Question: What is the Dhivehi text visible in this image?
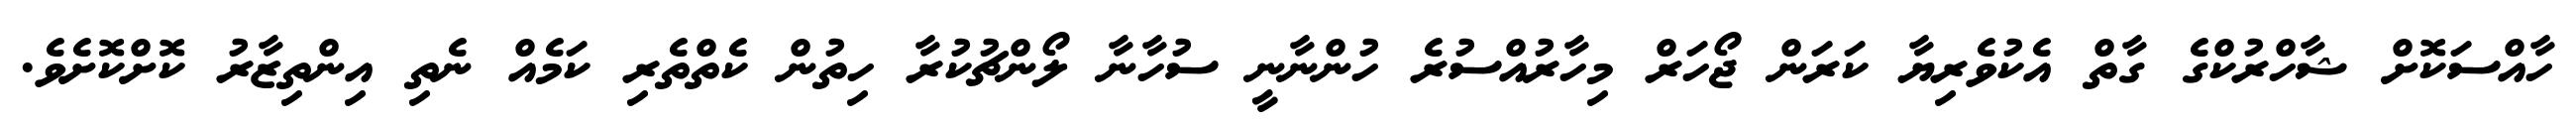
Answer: ހާއްސަކޮށް ޝާހްރުކްގެ ގާތް އެކުވެރިޔާ ކަރަން ޖޯހަރް މިހާރުއްސުރެ ހުންނާނީ ސުހާނާ ލޯންޗުކުރާ ހިތުން ކެތްތެރި ކަމެއް ނެތި އިންތިޒާރު ކޮށްކޮށެވެ.